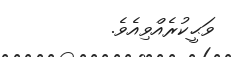
ވަޙީކުރެއްވިއެވެ.